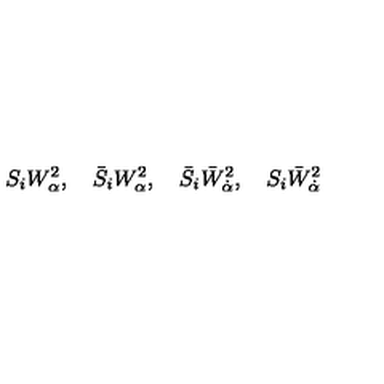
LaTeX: S _ { i } W _ { \alpha } ^ { 2 } , \quad \bar { S } _ { i } W _ { \alpha } ^ { 2 } , \quad \bar { S } _ { i } \bar { W } _ { \dot { \alpha } } ^ { 2 } , \quad S _ { i } \bar { W } _ { \dot { \alpha } } ^ { 2 }